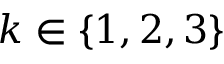
k \in \{ 1 , 2 , 3 \}